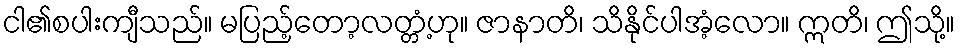
ငါ၏စပါးကျီသည်။ မပြည့်တော့လတ္တံ့ဟု။ ဇာနာတိ၊ သိနိုင်ပါအံ့လော။ ဣတိ၊ ဤသို့။